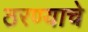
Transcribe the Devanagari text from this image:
ठरण्याचे